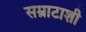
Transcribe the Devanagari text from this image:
सम्राटाशी